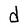
Character: d